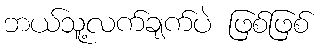
ဘယ်သူ့လက်ချက်ပဲ ဖြစ်ဖြစ်